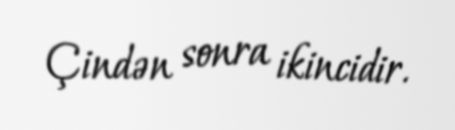
Çindən sonra ikincidir.